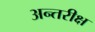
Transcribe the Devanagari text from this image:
अन्तरीक्ष